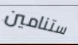
ستنامين